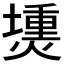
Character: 𤏍